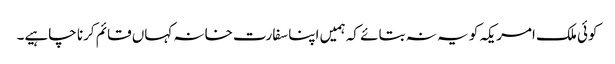
کوئی ملک امریکہ کو یہ نہ بتائے کہ ہمیں اپنا سفارت خانہ کہاں قائم کرنا چاہیے۔